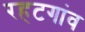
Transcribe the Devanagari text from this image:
रहटगांव